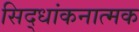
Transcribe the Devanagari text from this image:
सिद्धांकनात्मक